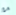
مع